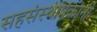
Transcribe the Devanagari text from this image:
सहसंस्थापकांनी